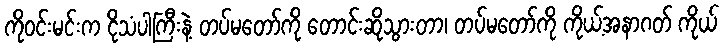
ကိုဝင်းမင်းက ငိုသံပါကြီးနဲ့ တပ်မတော်ကို တောင်းဆိုသွားတာ၊ တပ်မတော်ကို ကိုယ့်အနာဂတ် ကိုယ်